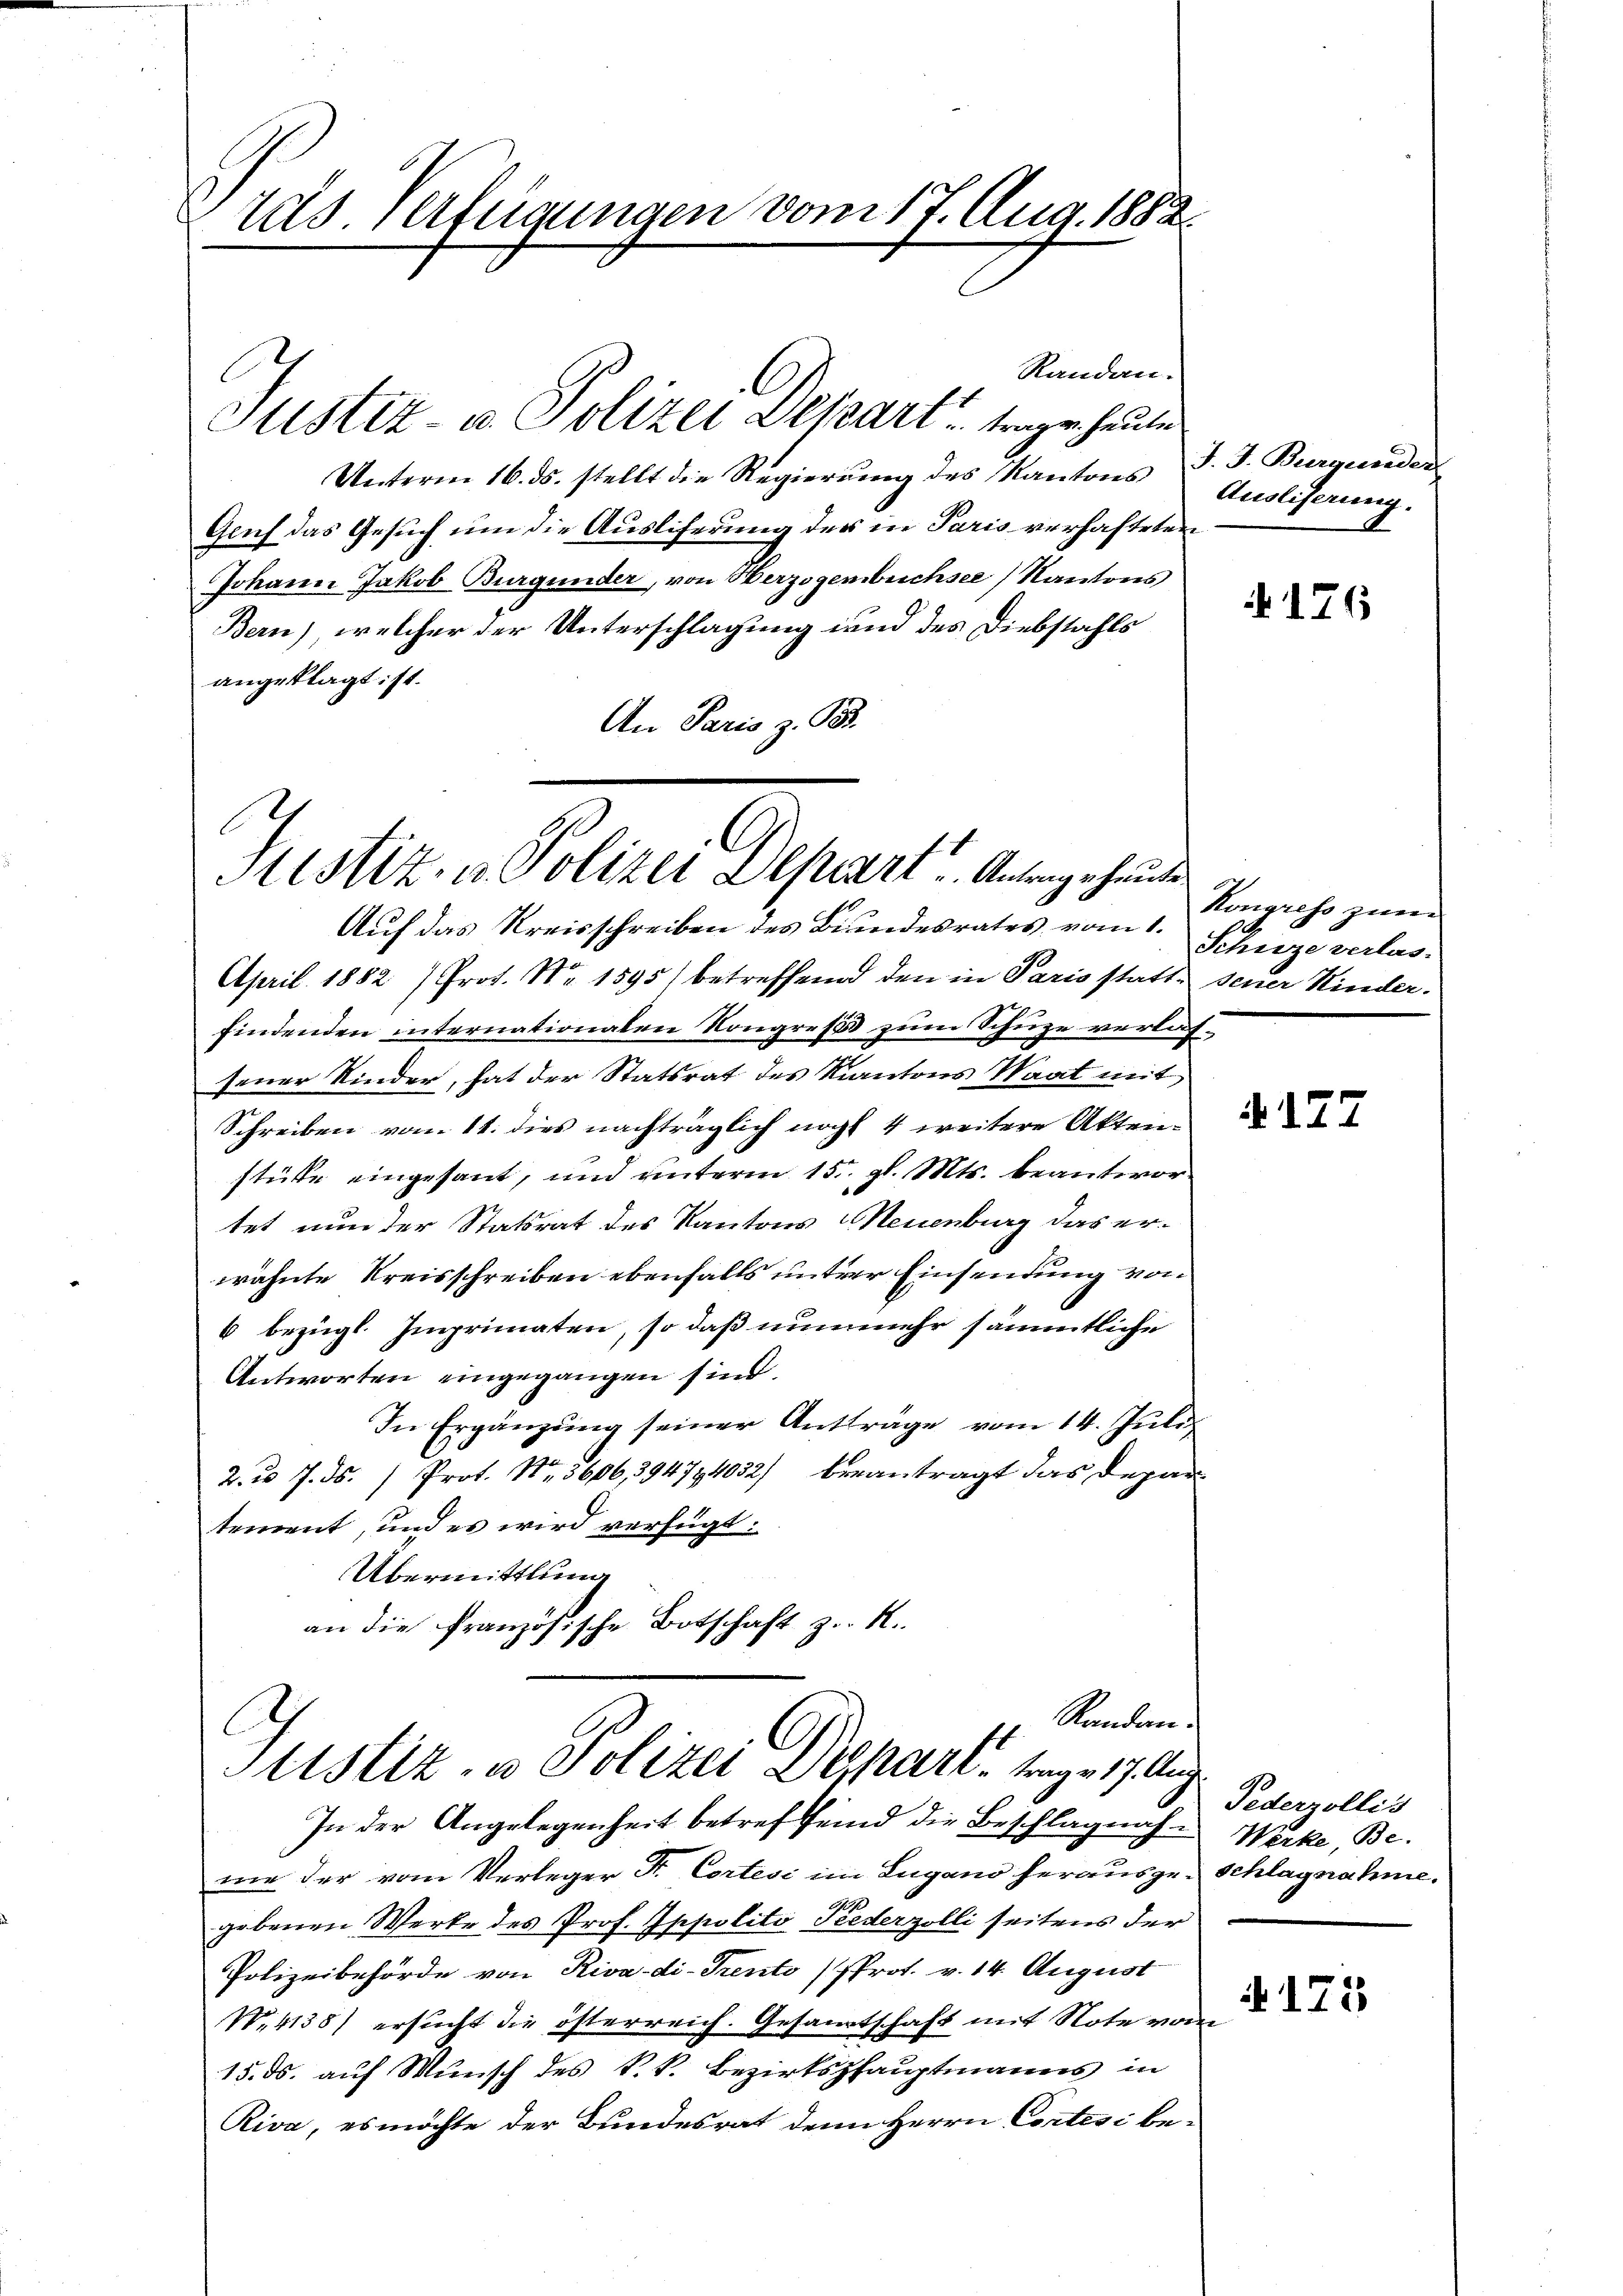
tus verfügungen vom 17. Aug. 1882.

Justiz- u. Polizei Depart trage heute

l
Justiz- u. Polizei Depart u. Antrage heute

Auf das Kreisschreiben des Bindesrates vom 1. Schreze verlas¬
April 1882 /Prot. Nr. 1595) betreffend den in Paris statte seiner Kinder.
findenden internationalen Kongreße zum Schuze verlassener Kinder, hat der Statsrat des Kantons Waat mit
Schreiben vom 11. dies nachträglich noch 4 weitere Aktenstüke eingesant, und unterm 15. gl. Mts. beantwortet nun der Statsrat des Kantons Neuenburg das erwähnte Kreisschreiben ebenfalls unterer Einsendung von
6 bezügl. Imprimaten, so daß nunmehr sämmtliche
Antworten eingegangen sind.
In Ergänzung seiner Antrage vom 14. Juli
2. u. 7. ds. 1 Prot. Nr. 3606, 394794032/ berantragt das Departeurent, und es wird verfügt:
Übermittlung
an die französische Botschaft z. R.

Unterm 16. ds. stellt die Regierŭng des Kantons
Gluf das Gesuch um die Ausliferung der in Paris verhafteten
Johann Jakob Burgunder, von Herzogenbuchsee) Kantons
Bern, welcher der Unterschlagung und des Diebstahls
angeklagt ist.
An Paris z. B.

Randan¬
10
tistiz- u Polizei Depart - Tage 17. Aug

Randan-

J. J. Burgunder
Auslieferung.

In der Angelegenheit betreffend die Beschlagnahwie der vom Verleger Fr. Cortesi im Lugano herausge-Schlagnahme.
gebenen Werke des Prof. Oppolito Peederzolli seitens der
Polizeibehörde von Riva-di-Trento (Prot. v. 14. August
N.4138) ersucht die österreich. Gesamtschaft mit Note vom
15. ds. auf Wunsch des k.k. Bezirkshauptmanns in
Riva, es möchte der Bundesrat denn Herrn Cortesi be¬

176

Kongress zur

127

Federzollis
Werke, Be¬

171